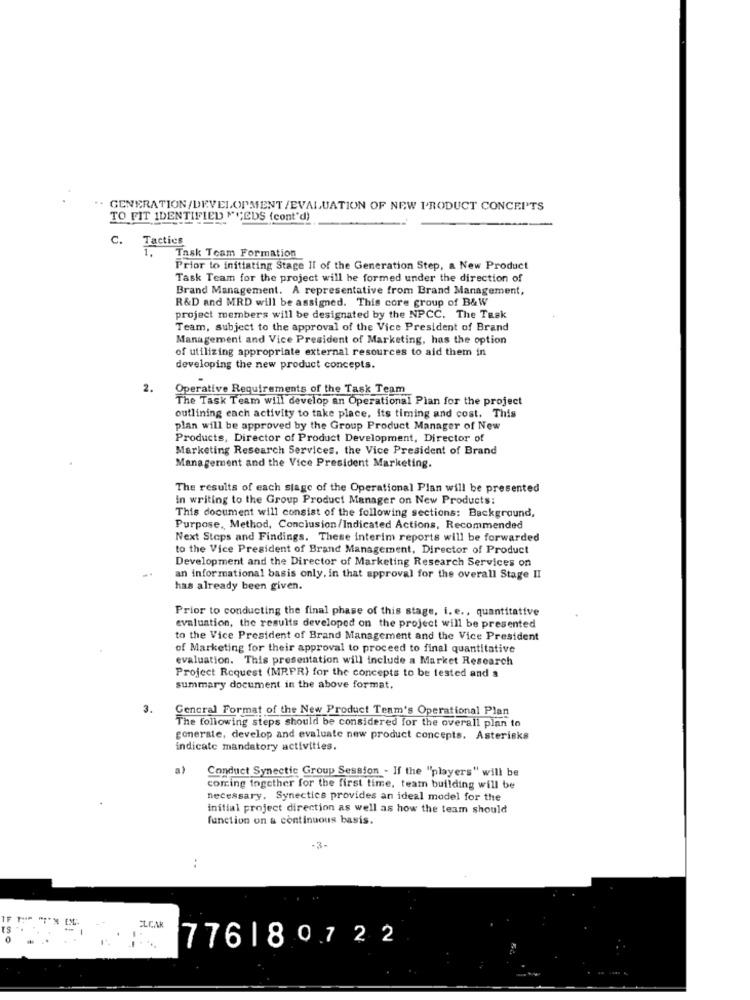
GENERATION/DEVELOPMENT /EVALUATION OF NEW PRODUCT CONCEI'TS
TO FIT IDENTIFIED "CEDS (cont'd)
C. Tactics
1.
Task Team Formation
Prior to initiating Stage Il of the Generation Step, a New Product
Task Team for the project will be formed under the direction of
Brand Management. A representative from Brand Management,
R&D and MRD will be assigned. This core group of B&W
project members will be designated by the NPCC. The Task
Team, subject to the approval of the Vice President of Brand
Management and Vice President of Marketing, has the option
of utilizing appropriate external resources to aid them in
developing the new product concepts.
2.
Operative Requirements of the Task Team
The Task Team will develop an Operational Plan for the project
outlining each activity to take place, its timing and cost. This
plan will be approved by the Group Product Manager of New
Products, Director of Product Development, Director of
Marketing Research Services, the Vice President of Brand
Management and the Vice President Marketing.
The results of each stage of the Operational Plan will be presented
In writing to the Group Product Manager on New Products:
This document will consist of the following sections; Background,
Purpose ., Method, Conclusion/Indicated Actions, Recommended
Next Steps and Findings. These interim reports will be forwarded
to the Vice President of Brand Management, Director of Product
Development and the Director of Marketing Research Services on
an informational basis only. in that approval for the overall Stage II
has already been given.
Prior to conducting the final phase of this stage, i. e ., quantitative
evaluation, the results developed on the project will be presented
to the Vice President of Brand Management and the Vice President
of Marketing for their approval to proceed to final quantitative
evaluation. This presentation will include a Market Research
Project Request (MRPR) for the concepts to be tested and a
summary document in the above format.
3.
General Format of the New Product Team's Operational Plan
The following steps should be considered for the overall plan to
generale, develop and evaluate new product concepts. Asterisks
indicate mandatory activities.
a)
Conduct Synectic Group Session - If the "players" will be
coming together for the first time, team building will be
necessary, Synectics provides an ideal model for the
initial project direction as well as how the team should
function on & continuous basis.
-3-
ELCAR
0
776180722